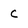
Character: c